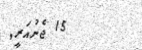
15 ޖެނުއަރީ